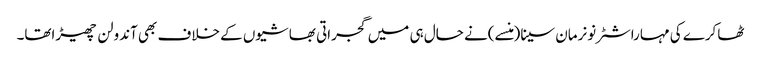
ٹھاکرے کی مہاراشٹرنونرمان سینا(منسے)نے حال ہی میں گجراتی بھاشیوں کے خلاف بھی آندولن چھیڑاتھا۔